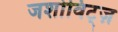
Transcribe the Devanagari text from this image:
जर्शोविट्ज़